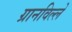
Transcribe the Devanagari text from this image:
ग्रानविल्ले